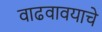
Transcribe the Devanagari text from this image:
वाढवावयाचे